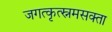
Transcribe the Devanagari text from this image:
जगत्कृत्स्नमसक्ता